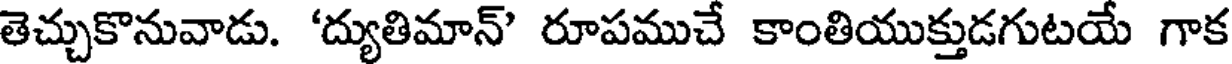
తెచ్చుకొనువాడు. 'ద్యుతిమాన్' రూపముచే కాంతియుక్తుడగుటయే గాక